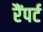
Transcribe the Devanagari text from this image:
रैंपर्ट